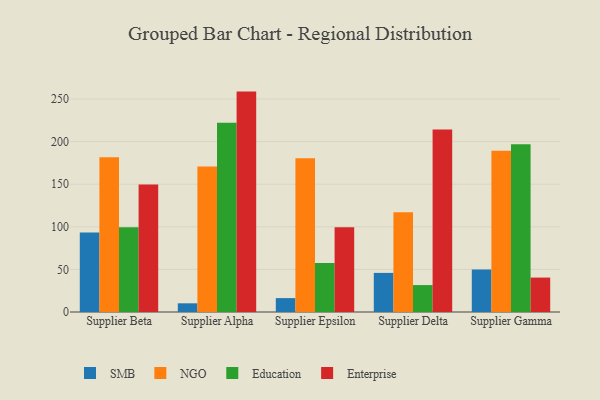
{"axis": {"x": "Supplier", "y": "Waste Production (Tons)"}, "legend": ["Education", "Enterprise", "NGO", "SMB"], "data": [{"x": "Supplier Beta", "y": 93.3, "type": "SMB"}, {"x": "Supplier Beta", "y": 181.7, "type": "NGO"}, {"x": "Supplier Beta", "y": 99.4, "type": "Education"}, {"x": "Supplier Beta", "y": 149.8, "type": "Enterprise"}, {"x": "Supplier Alpha", "y": 10.2, "type": "SMB"}, {"x": "Supplier Alpha", "y": 170.7, "type": "NGO"}, {"x": "Supplier Alpha", "y": 222.1, "type": "Education"}, {"x": "Supplier Alpha", "y": 258.7, "type": "Enterprise"}, {"x": "Supplier Epsilon", "y": 16.3, "type": "SMB"}, {"x": "Supplier Epsilon", "y": 180.5, "type": "NGO"}, {"x": "Supplier Epsilon", "y": 57.5, "type": "Education"}, {"x": "Supplier Epsilon", "y": 99.4, "type": "Enterprise"}, {"x": "Supplier Delta", "y": 45.9, "type": "SMB"}, {"x": "Supplier Delta", "y": 117.1, "type": "NGO"}, {"x": "Supplier Delta", "y": 31.6, "type": "Education"}, {"x": "Supplier Delta", "y": 214.3, "type": "Enterprise"}, {"x": "Supplier Gamma", "y": 50.0, "type": "SMB"}, {"x": "Supplier Gamma", "y": 189.2, "type": "NGO"}, {"x": "Supplier Gamma", "y": 197.0, "type": "Education"}, {"x": "Supplier Gamma", "y": 40.4, "type": "Enterprise"}]}